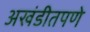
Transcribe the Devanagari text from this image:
अखंडीतपणे